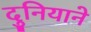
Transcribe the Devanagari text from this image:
दुनियाने